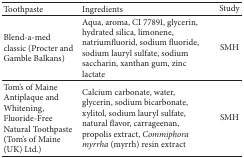
| Toothpaste | Ingredients | Study |
 | --- | --- | --- |
 | Blend-a-med classic (Procter and Gamble Balkans) | Aqua, aroma, CI 77891, glycerin, hydrated silica, limonene, natriumfluorid, sodium fluoride, sodium lauryl sulfate, sodium saccharin, xanthan gum, zinc lactate | SMH |
 | Tom's of Maine Antiplaque and Whitening, Fluoride-Free Natural Toothpaste (Tom's of Maine (UK) Ltd.) | Calcium carbonate, water, glycerin, sodium bicarbonate, xylitol, sodium lauryl sulfate, natural flavor, carrageenan, propolis extract, Commiphora myrrha (myrrh) resin extract | SMH |